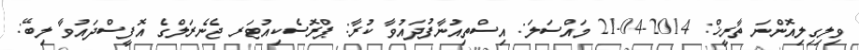
ވިލިގިލިއޮންނަ ތާރީޚް: 2014-04-21 މައްސަލަ: އިސްތިއުނާފުދައުވާ ކުރާ: ޕްރޮސެކިއުޓަރ ޖެނެރަލްގެ އޮފީސްދައުވާ ލިބޭ: